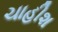
ચાહીશ